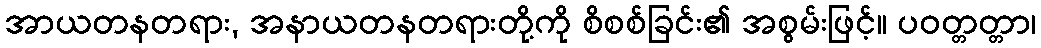
အာယတနတရား, အနာယတနတရားတို့ကို စိစစ်ခြင်း၏ အစွမ်းဖြင့်။ ပဝတ္တတ္တာ၊